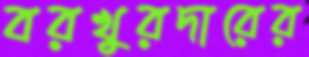
বরখুরদারের